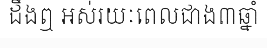
ដឹងឮ អស់រយៈពេលជាង៣ឆ្នាំ